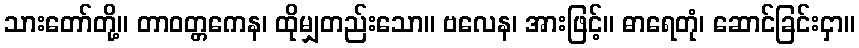
သားတော်တို့။ တာဝတ္တကေန၊ ထိုမျှတည်းသော။ ဗလေန၊ အားဖြင့်။ ဓာရေတုံ၊ ဆောင်ခြင်းငှာ။